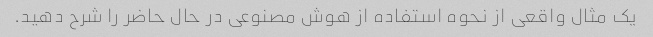
یک مثال واقعی از نحوه استفاده از هوش مصنوعی در حال حاضر را شرح دهید.